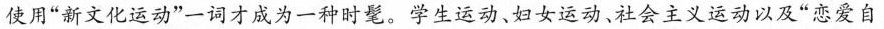
使用”新文化运动”一词才成为一种时髦。学生运动、妇女运动、社会主义运动以及”恋爱自